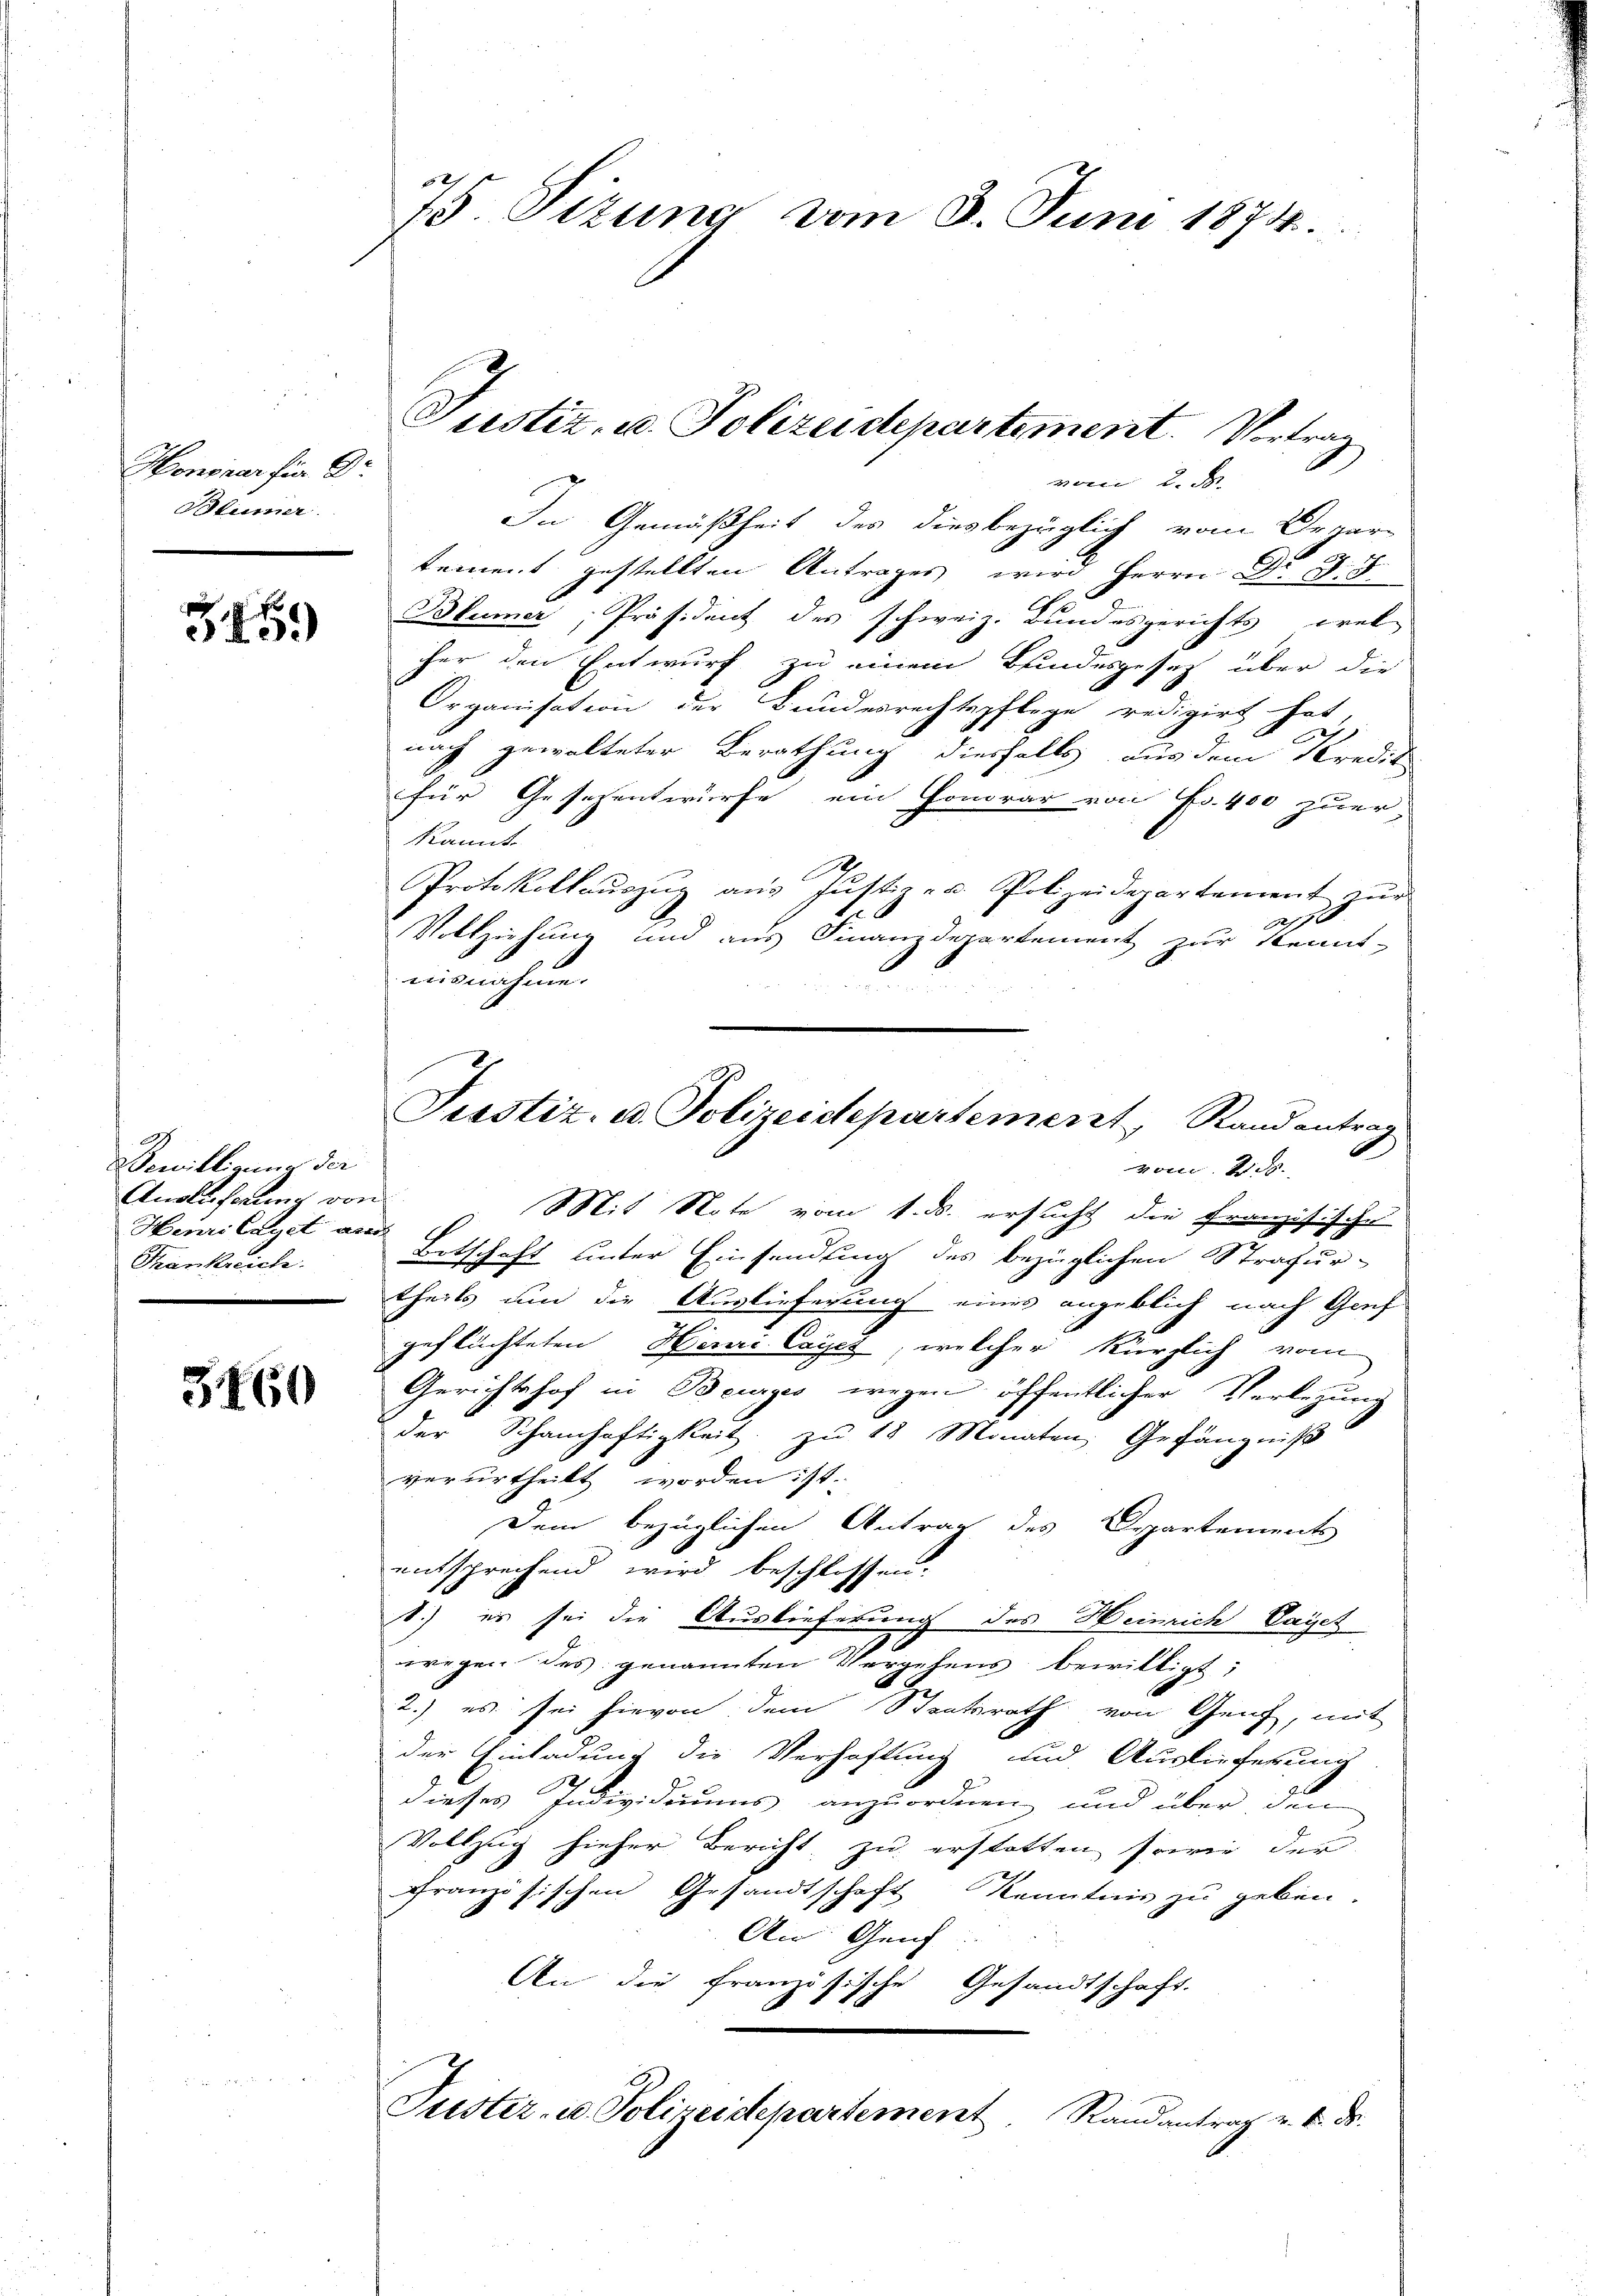
Honicar für Gr
Stümer.

3459

Bewilligung der
Anoluferung von
Henri leget am
Frankreich

3460

75 Sizung vom 8. Juni 1874.

Justiz- u. Polizeidepartement. Vortrag
vom 2. d.

In Gemäßheit des diesbezüglich vom Draartement gestellten Antrages wird Herrn Dr. S. 5
Blümer, Präsident des schweiz. Bundesgerichts wel-
her den Entwurf zu einem Bundesgesetz über die
Organisation der Bundesrechtspflege redigirt hat,
nach gewalteter Berathung diesfalls aus dem Kredit
für Gesezentwurfe ein Honorar von Fr. 400 zuer
kannt.
Protokollaŭszŭg aŭs Jŭstiz- u. Polizeidepartement zŭr
2
Vollziehung und aus Finanzdepartement zur Kennt-
ausnahme.
theils um die Auslieferung eines angeblich nach Gief
geflüchteten Henri Cares, welcher kürzlich vom
Gerichtshof in Beurzes wegen öffentlicher Verletzung
der Schamhaftigkeit zu 18 Monaten, Gefängniß
verurtheilt worden ist.
Dem bezüglichen Antrag des Departements
entsprechend wird beschlossen.
1.) es sei die Auslieferung des Heinrich Vayet
wegen des genannten Vergehens bewilligt:
2
2.) es sei hievon dem Staatsrath von Genf, mit
der Einladung die Verhaftung und Auslieferung
dieses Individuums anzuordnen, und über den
Vollzug hieher Bericht, zu erstatten, sowie der
Französischen Gesandtschaft Kenntnis zu geben.
An Genf
An die Franze
ische Gesandtschaft.
Puster- u. Polizeidepartement. Randantrag v. 6. ds.

Justiz- u. Polizeidepartement, Randantrag
vom 22.
Mit Note vom 1. ds. ersucht die Französische
Botschaft unter Einsendung des bezüglichen Strafur-